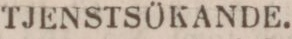
TJENSTSÖKANDE.